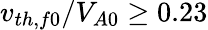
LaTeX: v_{th,f0}/V_{A0}\geq 0.23